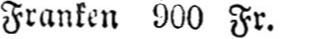
Franken 900 Fr.